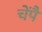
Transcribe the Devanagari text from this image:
चेंपै